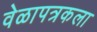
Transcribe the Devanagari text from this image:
वेळापत्रकला